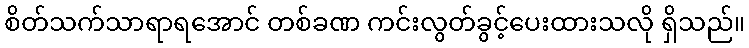
စိတ်သက်သာရာရအောင် တစ်ခဏ ကင်းလွတ်ခွင့်ပေးထားသလို ရှိသည်။